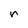
Character: n